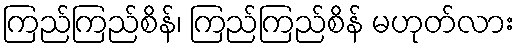
ကြည်ကြည်စိန်၊ ကြည်ကြည်စိန် မဟုတ်လား